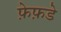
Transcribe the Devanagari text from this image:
फ़ेफ़डे